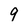
Character: 9